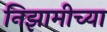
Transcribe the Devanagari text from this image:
निझामीच्या